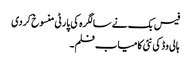
فیس بک نے سالگرہ کی پارٹی منسوخ کردی
ہالی وڈ کی نئی کامیاب فلم۔